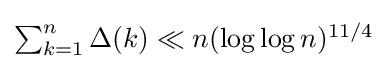
\textstyle \sum _{k=1}^{n}\Delta (k)\ll n(\log \log n)^{11/4}